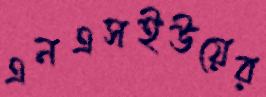
এনএসইউয়ের